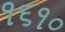
૧૬૧૦